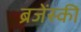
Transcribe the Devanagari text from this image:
ब्रजेंस्की